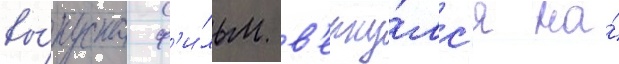
вы́пуска ф'и́льм в'ерну́лс'я на́